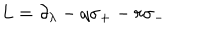
L = \partial _ { \lambda } - q \sigma _ { + } - r \sigma _ { - }